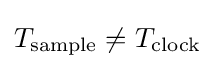
T_{\text{sample}}\neq T_{\text{clock}}